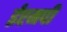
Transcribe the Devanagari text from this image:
ईएमपी